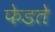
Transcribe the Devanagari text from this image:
फेडते